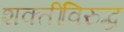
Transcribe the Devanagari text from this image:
शक्तींविरुद्ध